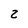
Character: 2